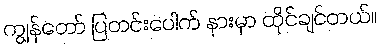
ကျွန်တော် ပြတင်းပေါက် နားမှာ ထိုင်ချင်တယ်။